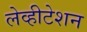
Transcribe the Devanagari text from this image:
लेव्हीटेशन